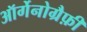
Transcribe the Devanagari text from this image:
ऑर्गेनोग्रैफ़ी